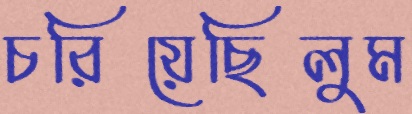
চরিয়েছিলুম